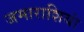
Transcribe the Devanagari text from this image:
जमाराशियां